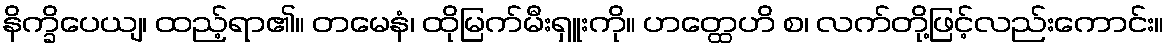
နိက္ခိပေယျ၊ ထည့်ရာ၏။ တမေနံ၊ ထိုမြက်မီးရှူးကို။ ဟတ္ထေဟိ စ၊ လက်တို့ဖြင့်လည်းကောင်း။